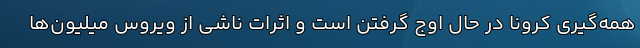
همه‌گیری کرونا در حال اوج گرفتن است و اثرات ناشی از ویروس میلیون‌ها